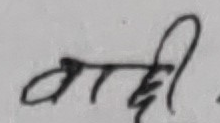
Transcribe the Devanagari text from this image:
वादी